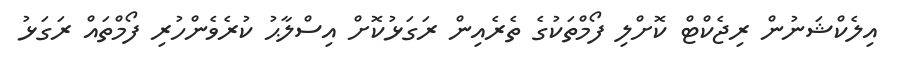
އިލެކްޝަނުން ރިޖެކްޓް ކޮށްލި ފޯމްތަކުގެ ތެރެއިން ރަގަޅުކޮށް އިސްލާޙު ކުރެވެންހުރި ފޯމްތައް ރަގަޅު